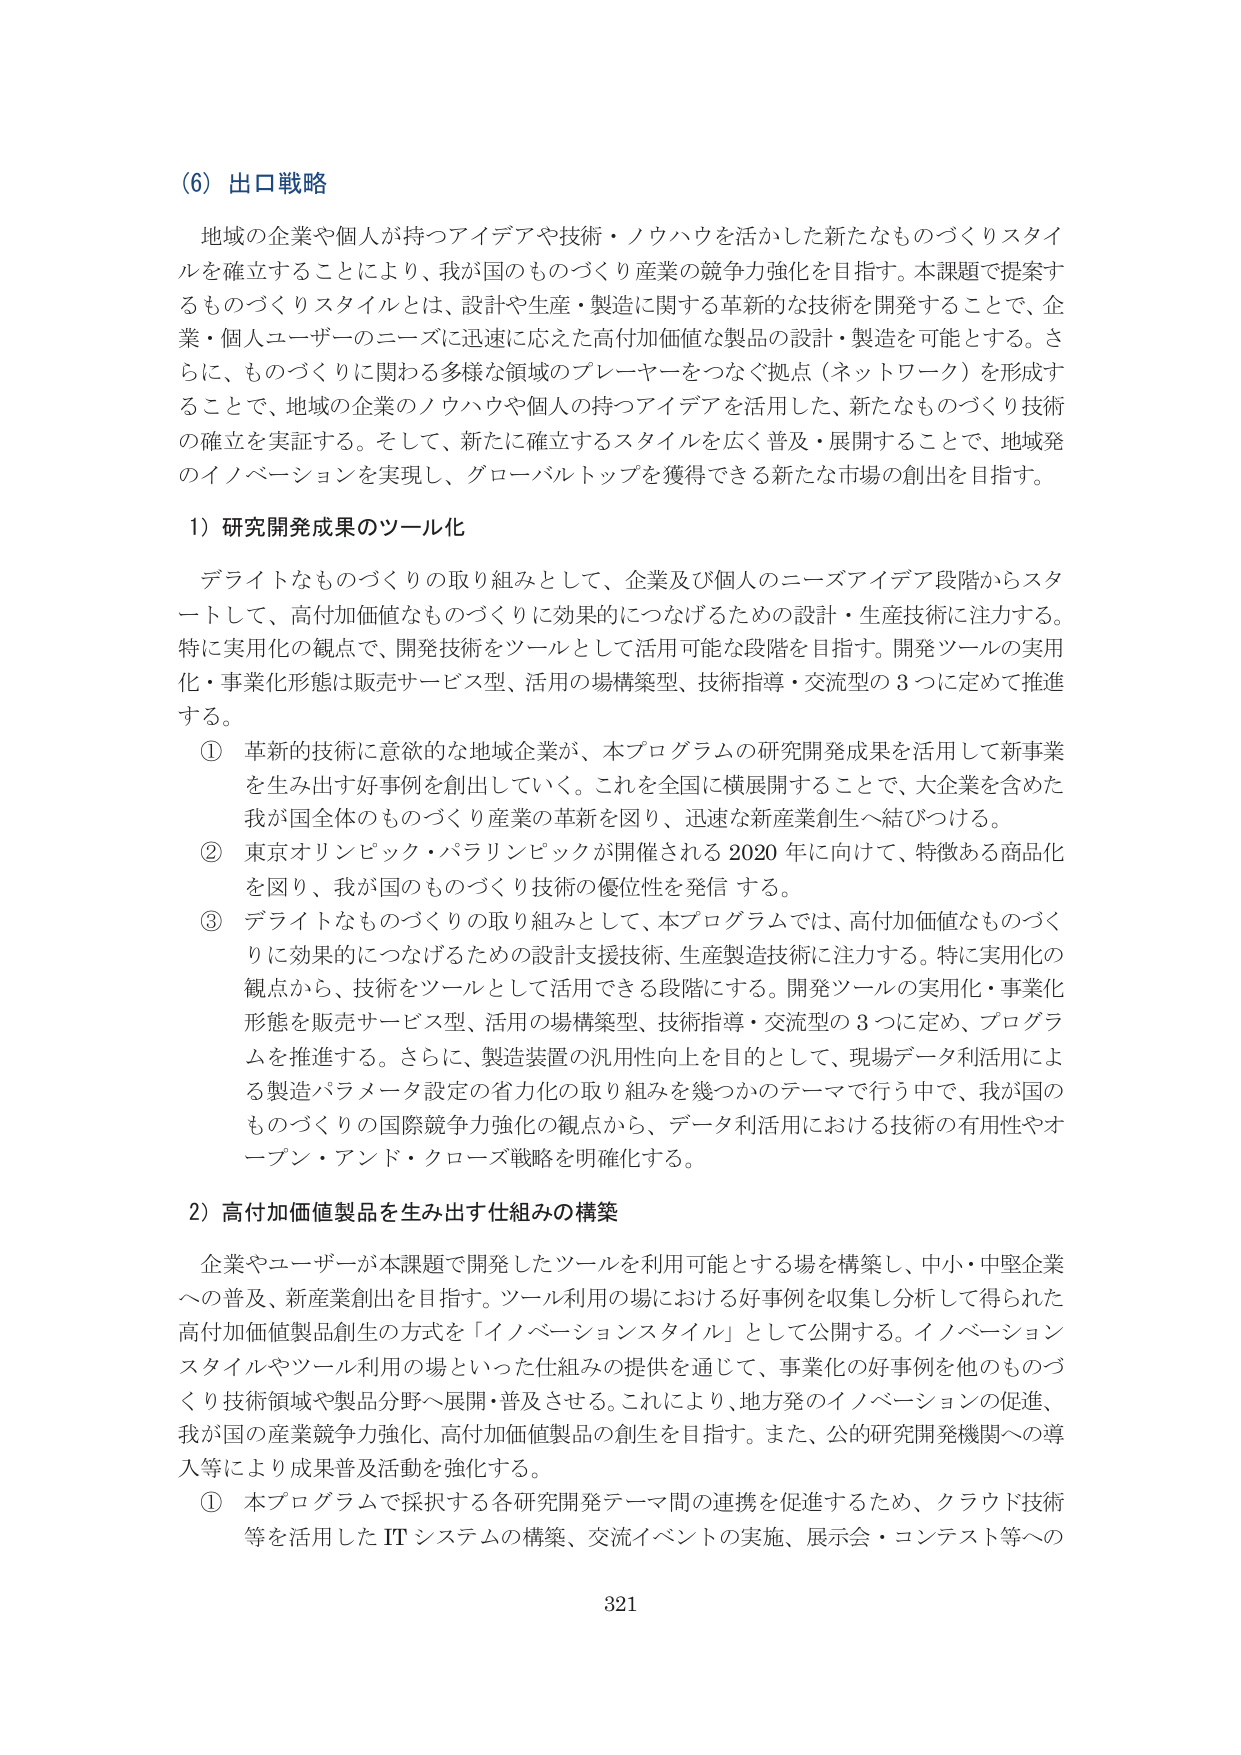
(6) 出口戦略

地域の企業や個人が持つアイデアや技術・ノウハウを活かした新たなものづくりスタイルを確立することにより、我が国のものづくり産業の競争力強化を目指す。本課題で提案するものづくりスタイルとは、設計や生産・製造に関する革新的な技術を開発することで、企業・個人ユーザーのニーズに迅速に応えた高付加価値な製品の設計・製造を可能とする。さらに、ものづくりに関わる多様な領域のプレーヤーをつなぐ拠点（ネットワーク）を形成することで、地域の企業のノウハウや個人の持つアイデアを活用した、新たなものづくり技術の確立を実証する。そして、新たに確立するスタイルを広く普及・展開することで、地域発のイノベーションを実現し、グローバルトップを獲得できる新たな市場の創出を目指す。

1) 研究開発成果のツール化

デライトなものづくりの取り組みとして、企業及び個人のニーズアイデア段階からスタートして、高付加価値なものづくりに効果的につなげるための設計・生産技術に注力する。特に実用化の観点で、開発技術をツールとして活用可能な段階を目指す。開発ツールの実用化・事業化形態は販売サービス型、活用の場構築型、技術指導・交流型の3つに定めて推進する。

① 革新的技術に意欲的な地域企業が、本プログラムの研究開発成果を活用して新事業を生み出す好事例を創出していく。これを全国に横展開することで、大企業を含めた我が国全体のものづくり産業の革新を図り、迅速な新産業創生へ結びつける。

② 東京オリンピック・パラリンピックが開催される2020年に向けて、特徴ある商品化を図り、我が国のものづくり技術の優位性を発信する。

③ デライトなものづくりの取り組みとして、本プログラムでは、高付加価値なものづくりに効果的につなげるための設計支援技術、生産製造技術に注力する。特に実用化の観点から、技術をツールとして活用できる段階にする。開発ツールの実用化・事業化形態を販売サービス型、活用の場構築型、技術指導・交流型の3つに定め、プログラムを推進する。さらに、製造装置の汎用性向上を目的として、現場データ活用による製造パラメータ設定の省力化の取り組みを幾つかのテーマで行う中で、我が国のものづくりの国際競争力強化の観点から、データ利活用における技術の有用性やオープン・アンド・クローズ戦略を明確化する。

2) 高付加価値製品を生み出す仕組みの構築

企業やユーザーが本課題で開発したツールを利用可能とする場を構築し、中小・中堅企業への普及、新産業創出を目指す。ツール利用の場における好事例を収集し分析して得られた高付加価値製品創生の方式を「イノベーションスタイル」として公開する。イノベーションスタイルやツール利用の場といった仕組みの提供を通じて、事業化の好事例を他のものづくり技術領域や製品分野へ展開・普及させる。これにより、地方発のイノベーションの促進、我が国の産業競争力強化、高付加価値製品の創生を目指す。また、公的研究開発機関への導入等により成果普及活動を強化する。

① 本プログラムで採択する各研究開発テーマ間の連携を促進するため、クラウド技術等を活用したITシステムの構築、交流イベントの実施、展示会・コンテスト等への

321